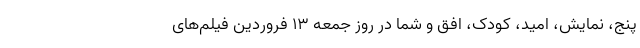
پنج، نمایش، امید، کودک، افق و شما در روز جمعه ۱۳ فروردین فیلم‌های